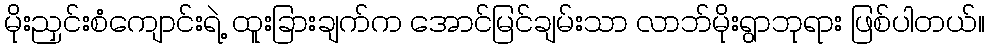
မိုးညှင်းစံကျောင်းရဲ့ ထူးခြားချက်က အောင်မြင်ချမ်းသာ လာဘ်မိုးရွာဘုရား ဖြစ်ပါတယ်။